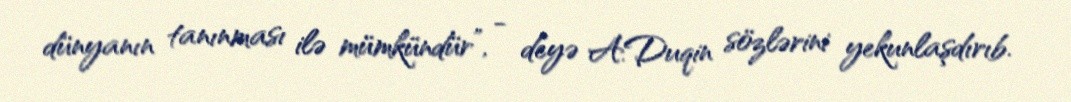
dünyanın tanınması ilə mümkündür”, - deyə A.Duqin sözlərini yekunlaşdırıb.